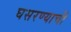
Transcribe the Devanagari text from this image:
घसरण्याची